Leaving Certificate Examination (including Day School Certificate (Higher) General paper), 1933
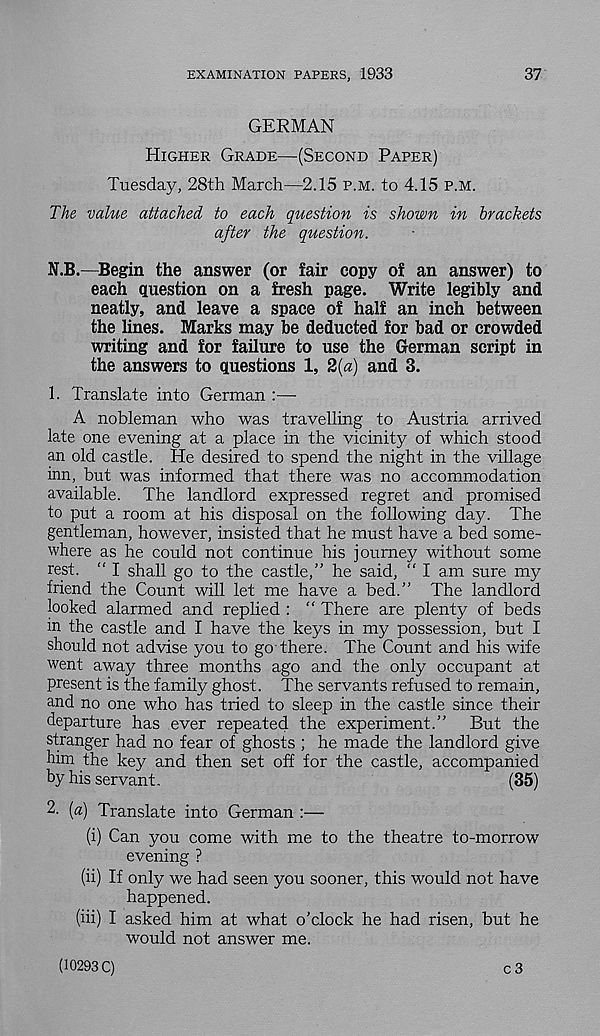
EXAMINATION PAPERS, 1933
37
GERMAN
Higher Grade—(Second Paper)
Tuesday, 28th March—2.15 p.m. to 4.15 p.m.
The value attached to each question is shown in brackets
after the question.
N.B.—Begin the answer (or fair copy of an answer) to
each question on a fresh page. Write legibly and
neatly, and leave a space of half an inch between
the lines. Marks may be deducted for bad or crowded
writing and for failure to use the German script in
the answers to questions 1, 2(«) and 3.
1. Translate into German :—
A nobleman who was travelling to Austria arrived
late one evening at a place in the vicinity of which stood
an old castle. He desired to spend the night in the village
inn, but was informed that there was no accommodation
available. The landlord expressed regret and promised
to put a room at his disposal on the following day. The
gentleman, however, insisted that he must have a bed some-
where as he could not continue his journey without some
rest. “ I shall go to the castle,” he said, “ I am sure my
friend the Count will let me have a bed.” The landlord
looked alarmed and replied : “ There are plenty of beds
in the castle and I have the keys in my possession, but I
should not advise you to go there. The Count and his wife
went away three months ago and the only occupant at
present is the family ghost. The servants refused to remain,
and no one who has tried to sleep in the castle since their
departure has ever repeated the experiment.” But the
stranger had no fear of ghosts ; he made the landlord give
him the key and then set off for the castle, accompanied
by his servant.
(35)
2. [a) Translate into German :—
(i) Can you come with me to the theatre to-morrow
evening ?
(ii) If only we had seen you sooner, this would not have
happened.
(iii) I asked him at what o’clock he had risen, but he
would not answer me.
(10293 C)
c 3